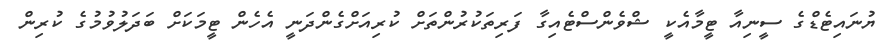
ޔުނައިޓެޑްގެ ސީނިއާ ޓީމާއެކީ ޝްވެންސްޓެއިގާ ފަރިތަކުރުންތަށް ކުރިއަށްގެންދަނީ އެހެން ޓީމަކަށް ބަދަލުވުމުގެ ކުރިން